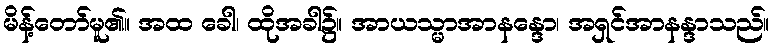
မိန့်တော်မူ၏။ အထ ခေါ၊ ထိုအခါ၌။ အာယသ္မာအာနန္ဒော၊ အရှင်အာနန္ဒာသည်။